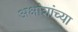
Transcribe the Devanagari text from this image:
अक्षांशांच्या